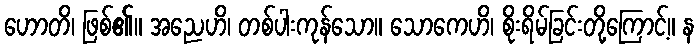
ဟောတိ၊ ဖြစ်၏။ အညေဟိ၊ တစ်ပါးကုန်သော။ သောကေဟိ၊ စိုးရိမ်ခြင်းတို့ကြောင့်။ န